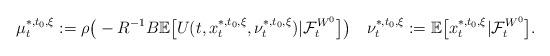
LaTeX: \begin{align*}\mu_t^{*,t_0,\xi}:=\rho\big(-R^{-1}B\mathbb E\big[U(t,x_t^{*,t_0,\xi},\nu_t^{*,t_0,\xi})|\mathcal{F}_t^{W^0}\big]\big)\quad\nu_t^{*,t_0,\xi}:=\mathbb E\big[x_t^{*,t_0,\xi}|\mathcal{F}_t^{W^0}\big].\end{align*}